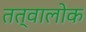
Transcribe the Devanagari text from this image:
तत्वालोक